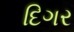
દિગર